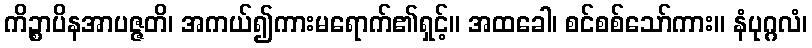
ကိဉ္စာပိနအာပဇ္ဇတိ၊ အကယ်၍ကားမရောက်၏ရှင့်။ အထခေါ၊ စင်စစ်သော်ကား။ နံပုဂ္ဂလံ၊